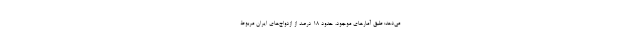
می‌دهد: طبق آمارهای موجود، حدود ۱۸ درصد از ازدواج‌های ایران مربوط